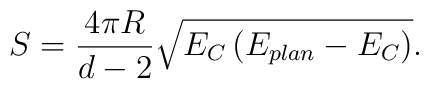
S=\frac{4\pi R}{d-2}\sqrt{E_{C}\left( E_{plan}-E_{C}\right) }.